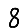
Digit: 8